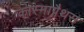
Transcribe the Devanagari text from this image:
कास्माग्नैथस